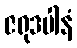
ဇရုဒပါနံ